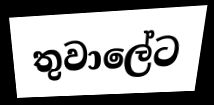
තුවාලේට